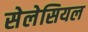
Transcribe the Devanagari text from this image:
सेलेसियल